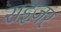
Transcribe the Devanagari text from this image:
राइज़र